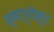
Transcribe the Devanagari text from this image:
स्मार्टेस्ट